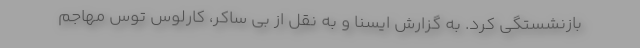
بازنشستگی کرد. به گزارش ایسنا و به نقل از بی ساکر، کارلوس توس مهاجم